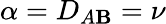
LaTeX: \alpha=D_{A\mathbf{B}}=\nu